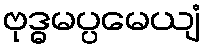
ဗုဒ္ဓမပ္ပမေယျံ